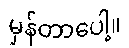
မှန်တာပေါ့။